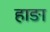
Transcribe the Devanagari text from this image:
हाङा